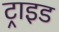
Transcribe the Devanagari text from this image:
ट्राइड